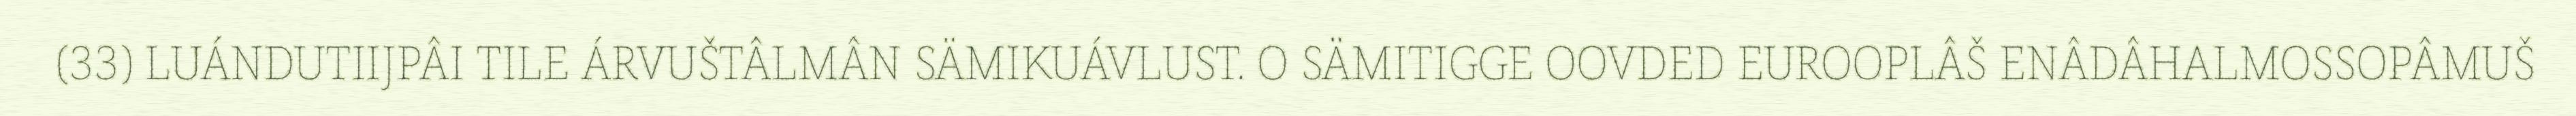
(33) LUÁNDUTIIJPÂI TILE ÁRVUŠTÂLMÂN SÄMIKUÁVLUST. O SÄMITIGGE OOVDED EUROOPLÂŠ ENÂDÂHALMOSSOPÂMUŠ